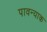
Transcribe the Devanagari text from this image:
पावन्याक